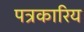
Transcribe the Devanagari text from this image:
पत्रकारिय